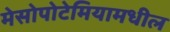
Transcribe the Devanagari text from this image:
मेसोपोटेमियामधील